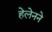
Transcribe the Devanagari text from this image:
हेलेनने